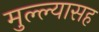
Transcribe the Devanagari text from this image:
मुल्ल्यासह